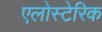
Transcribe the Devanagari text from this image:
एलोस्टेरिक